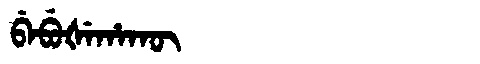
Manchu: ᠪᡝᠪᡠᡧᡝᡥᠠᡴᡡ
Romanization: BEBUŠEHAKŪ